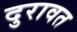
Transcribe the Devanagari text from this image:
दुरावत